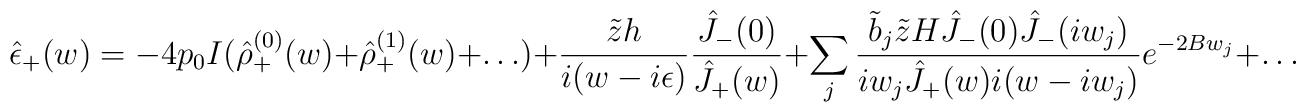
\hat{\epsilon}_+(w)=-4p_0I(\hat{\rho}_+^{(0)}(w)+\hat{\rho}_+^{(1)}(w)+\dots)+\frac{\tilde{z}h}{i(w-i\epsilon)}\frac{\hat{J}_-(0)}{\hat{J}_+(w)}+\sum_j\frac{\tilde{b}_j\tilde{z}H\hat{J}_-(0)\hat{J}_-(iw_j)}{iw_j\hat{J}_+(w)i(w-iw_j)}e^{-2Bw_j}+\dots